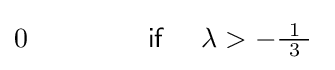
0\qquad \qquad ~{\mathsf {if}}~\quad \lambda >-{\tfrac {\ 1\ }{3}}\